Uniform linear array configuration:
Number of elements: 4
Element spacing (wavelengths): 0.5
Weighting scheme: hamming
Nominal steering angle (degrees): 60
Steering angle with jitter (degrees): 58.424
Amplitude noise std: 0.05
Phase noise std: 0.05

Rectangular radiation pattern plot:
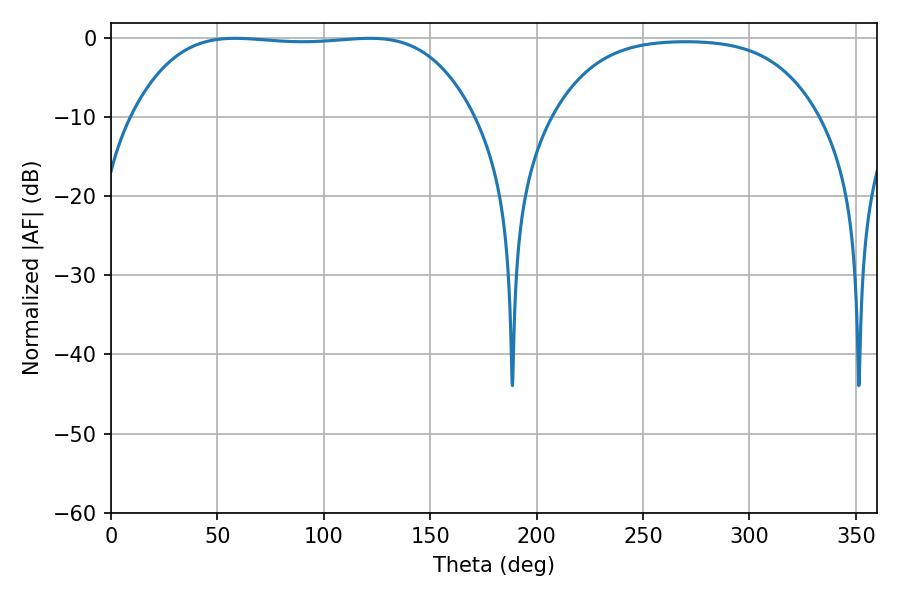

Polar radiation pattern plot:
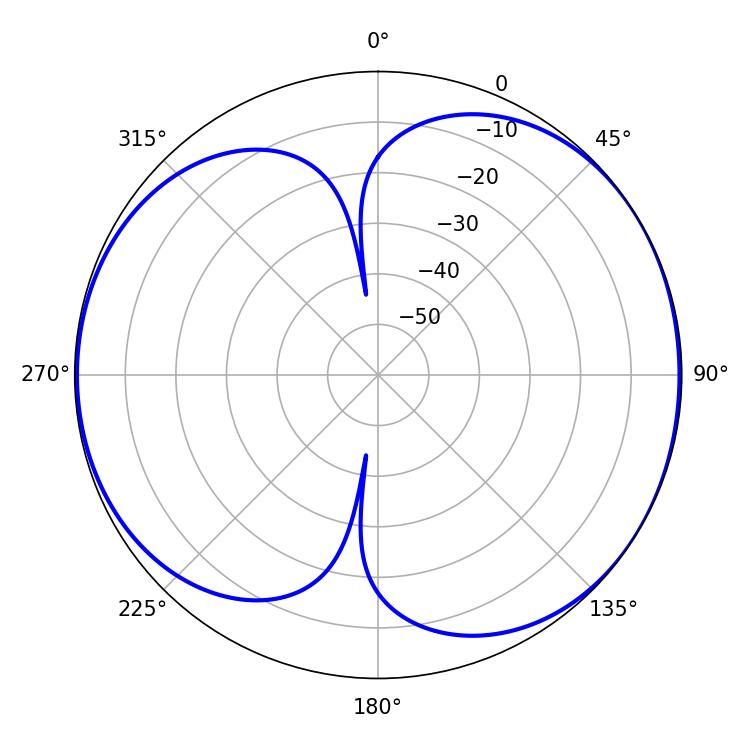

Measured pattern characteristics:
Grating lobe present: FALSE
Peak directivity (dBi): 5.993
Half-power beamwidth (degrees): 125.28
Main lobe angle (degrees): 58.32